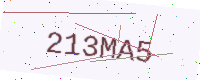
Text: 213MA5